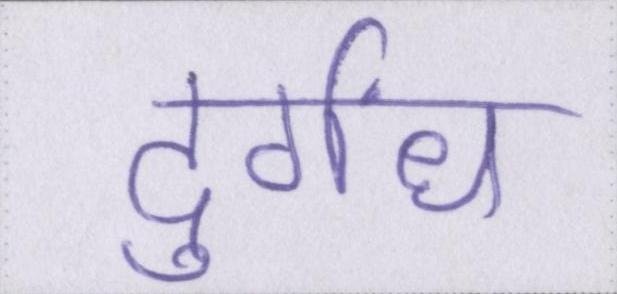
दुर्गंध